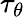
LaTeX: \tau_{\theta}